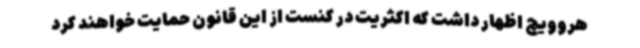
هروویچ اظهار داشت که اکثریت در کنست از این قانون حمایت خواهند کرد